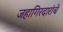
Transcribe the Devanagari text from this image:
जहागिरदारांचे